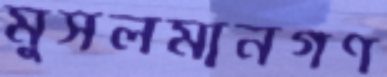
মুসলমানগণ